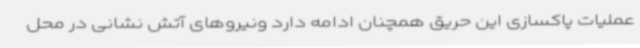
عملیات پاکسازی این حریق همچنان ادامه دارد ونیروهای آتش نشانی در محل